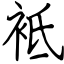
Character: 袛